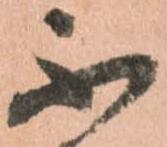
不